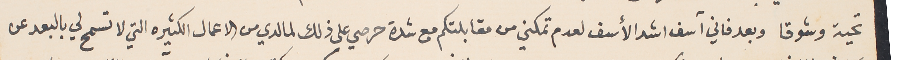
تحية وشوقا وبعد فاني آسف اشد الأسف لعدم تمكني من مقابلتكم مع شدة حرصي على ذلك لما لدي من الاعمال الكثيرة التي لا تسمح لي بالبعد عن